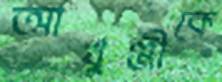
আখুঞ্জীকে